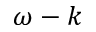
\omega - k